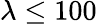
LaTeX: \lambda\leq 100